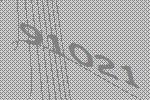
91021